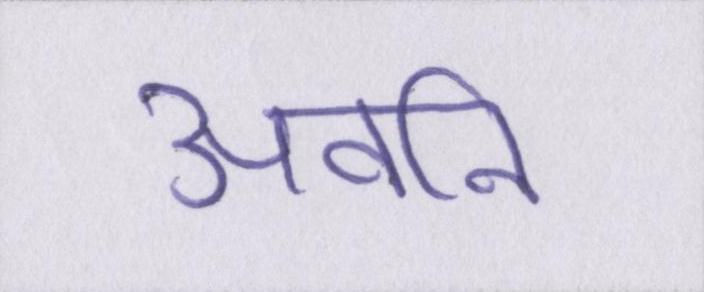
अवनि